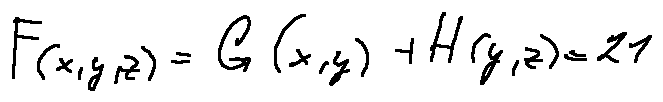
F ( x , y , z ) = G ( x , y ) + H ( y , z ) = 2 1